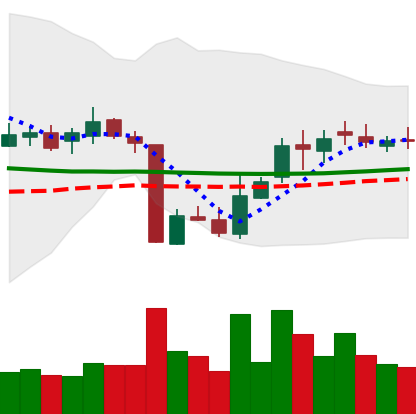
Ticker: XLM-USD
Chart end date: 2018-10-23
Forward return: -3.858%
Label: down_3_5